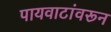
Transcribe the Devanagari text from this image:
पायवाटांवरून